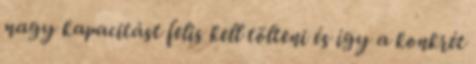
nagy kapacitást felis kell tölteni és így a konkrét